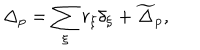
\Delta _ { p } = \sum _ { \xi } r _ { \xi } \delta _ { \xi } + \widetilde \Delta _ { p } ,